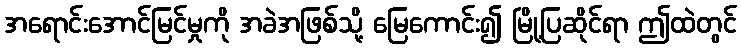
အရောင်းအောင်မြင်မှုကို အခဲအဖြစ်သို့ မြေကောင်း၍ မြို့ပြဆိုင်ရာ ဤထဲတွင်